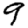
Digit: 9